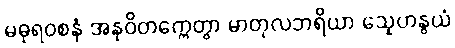
မဓုရဝစနံ အနုဝိတက္ကေတွာ မာတုလဘရိယာ သ္နေဟနွယံ